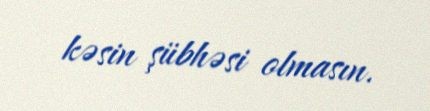
kəsin şübhəsi olmasın.